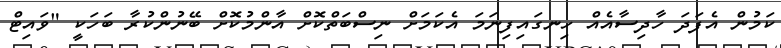
ކަމުން އެފަދަ ހާދިސާއެއް ހިނގައިފިނަމަ އެކަމަށް ނިސްބަތްކޮށް އާންމުކޮށް ބޭނުންކުރާ ބަހަކީ "ވައިޓް